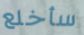
سأخلع